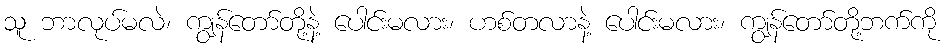
သူ ဘာလုပ်မလဲ၊ ကျွန်တော်တို့နဲ့ ပေါင်းမလား၊ ဟစ်တလာနဲ့ ပေါင်းမလား၊ ကျွန်တော်တို့ဘက်ကို